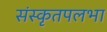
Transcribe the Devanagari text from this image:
संस्कृतपलभा